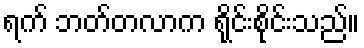
ရက် ဘတ်တလာက ရိုင်းစိုင်းသည်။